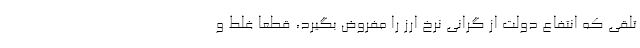
تلقی که انتفاع دولت از گرانی نرخ ارز را مفروض بگیرد،‌ قطعا غلط و